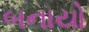
બનાયો